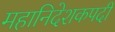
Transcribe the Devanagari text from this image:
महानिदेशकपदी